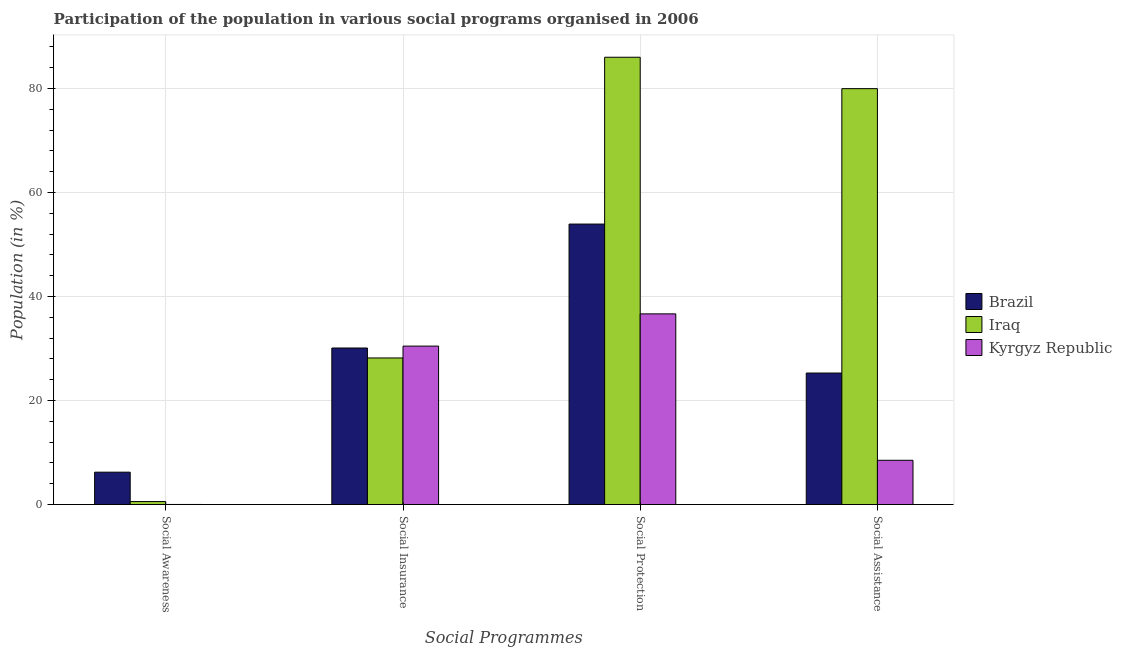
| Social Programmes | Brazil | Iraq | Kyrgyz Republic |
 | --- | --- | --- | --- |
 | Social Awareness | 6.22 | 0.572 | 0.0152 |
 | Social Insurance | 30.1 | 28.2 | 30.5 |
 | Social Protection | 53.9 | 86 | 36.7 |
 | Social Assistance | 25.3 | 80 | 8.51 |